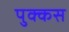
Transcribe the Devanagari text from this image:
पुक्कस